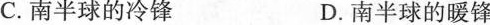
C.南半球的冷锋 D.南半球的暖锋